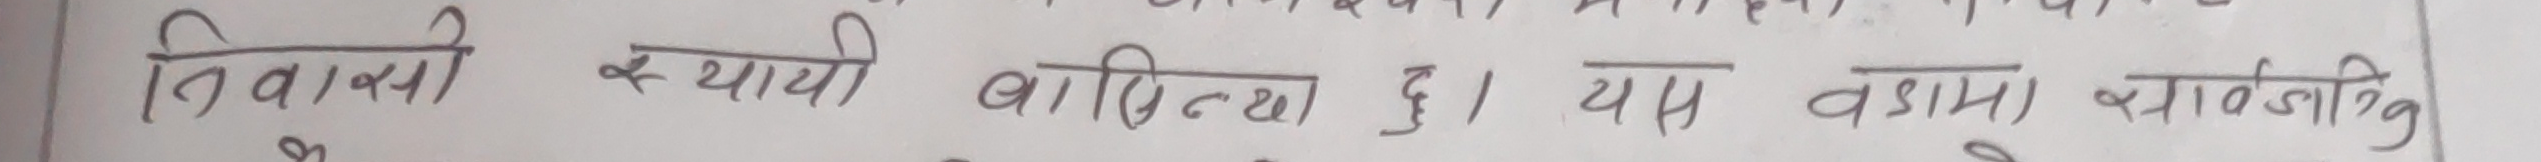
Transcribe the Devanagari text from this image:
निवासी स्थायी बासिन्दा हु । यस वडामा सावजनिक